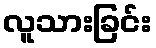
လူသားခြင်း